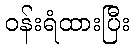
ဝန်းရံထားပြီး